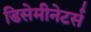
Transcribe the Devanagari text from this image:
डिसेमीनेटर्स